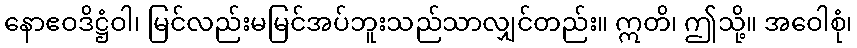
နောဧဝဒိဋ္ဌံဝါ၊ မြင်လည်းမမြင်အပ်ဘူးသည်သာလျှင်တည်း။ ဣတိ၊ ဤသို့။ အဝေါစုံ၊